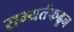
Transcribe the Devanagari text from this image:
सभ्यतेंकढून